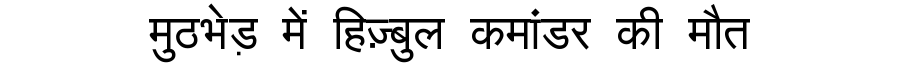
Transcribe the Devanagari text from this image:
मुठभेड़ में हिज़्बुल कमांडर की मौत